Problem: 35 + 19 = ?
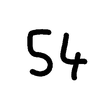
Handwritten answer: 54